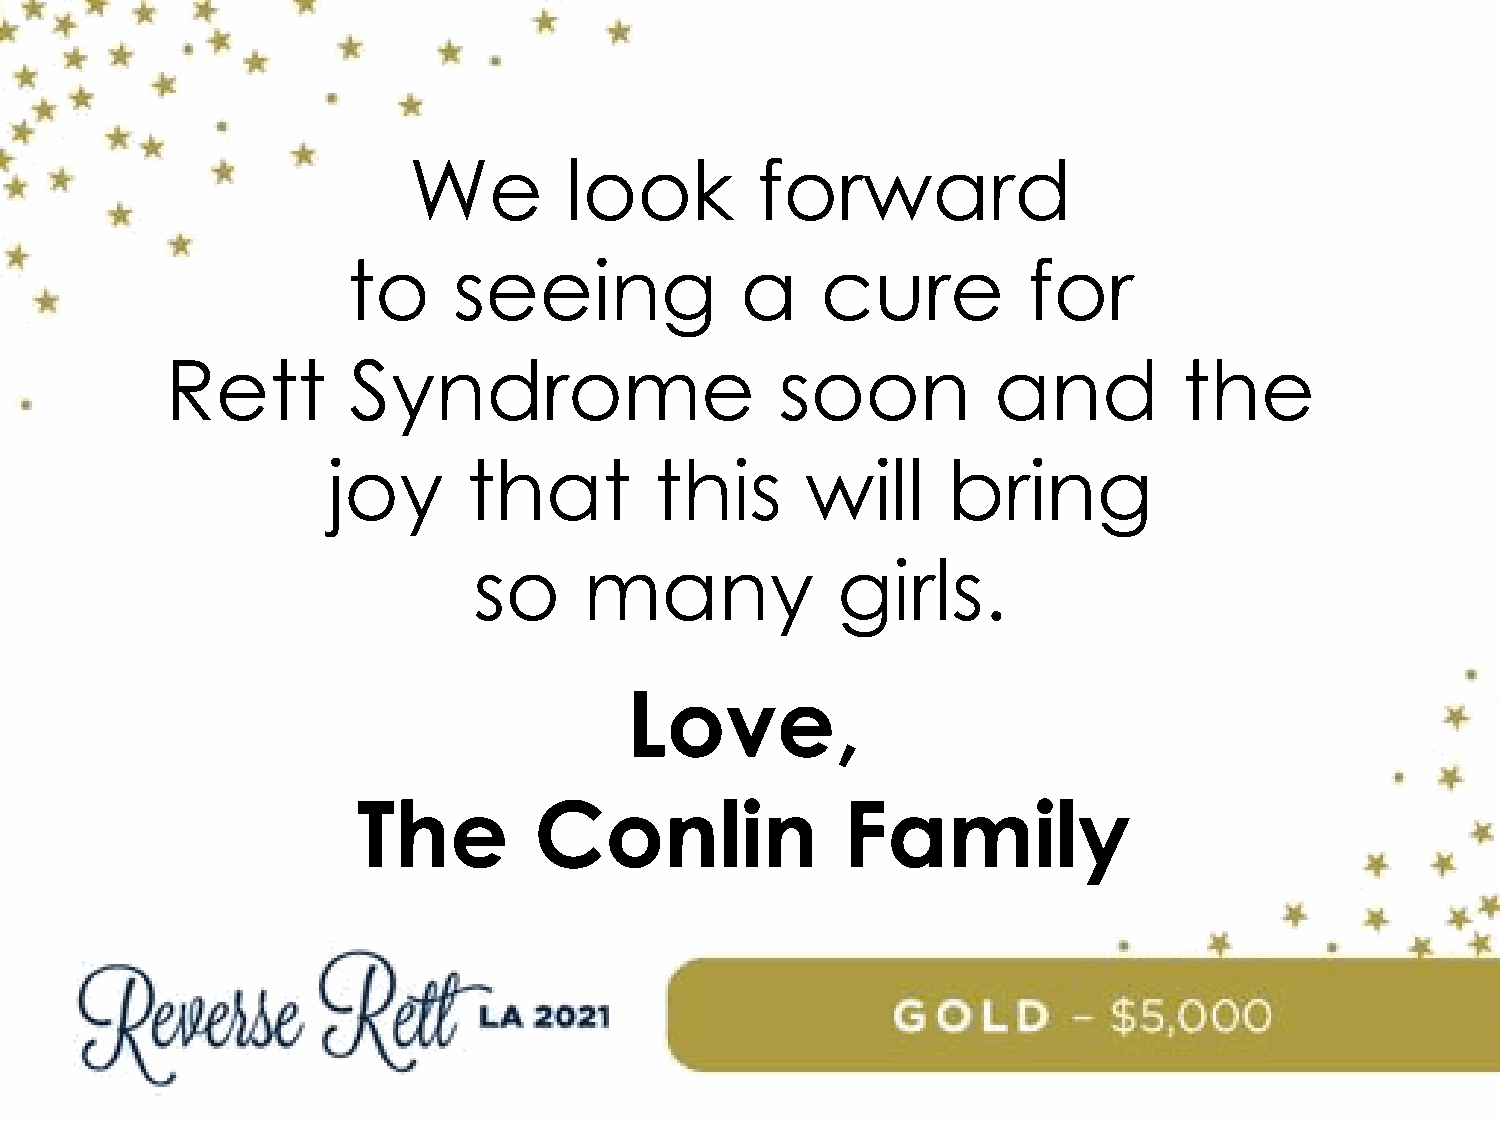
We        look         forward
 to     seeing             a    cure          for
 Rett        Syndrome                     soon          and         the
 joy      that        this      will      bring
 so      many            girls.
 Love,
 The        Conlin               Family